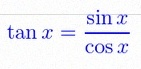
\tan x=\frac{\sin x}{\cos x}